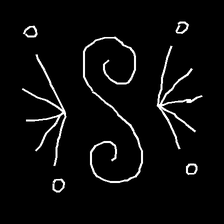
Glyph: aeroform